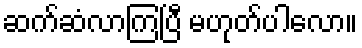
ဆက်ဆံလာကြပြီ မဟုတ်ပါလော။